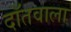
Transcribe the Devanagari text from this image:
दाँतवाला